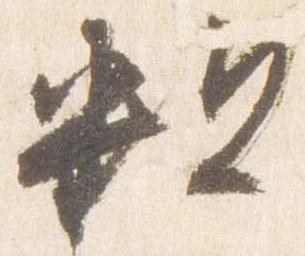
粗